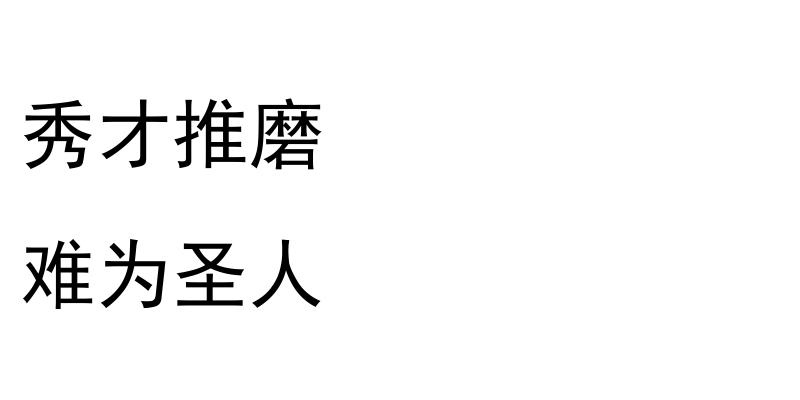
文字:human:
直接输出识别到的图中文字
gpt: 秀才推磨 难为圣人